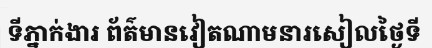
ទីភ្នាក់ងារ ព័ត៌មានវៀតណាមនារសៀលថ្ងៃទី